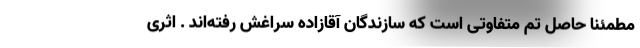
مطمئنا حاصل تم متفاوتی است که سازندگان آقازاده سراغش رفته‌اند . اثری